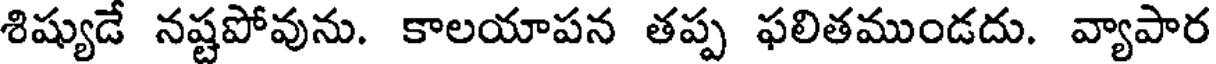
శిష్యుడే నష్టపోవును. కాలయాపన తప్ప ఫలితముండదు. వ్యాపార